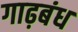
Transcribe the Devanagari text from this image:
गाढ़बंध